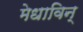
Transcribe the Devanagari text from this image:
मेधाविन्